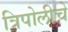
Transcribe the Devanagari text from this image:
त्रिपोलीचे